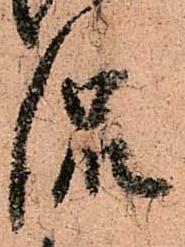
侃